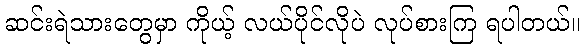
ဆင်းရဲသားတွေမှာ ကိုယ့် လယ်ပိုင်လိုပဲ လုပ်စားကြ ရပါတယ်။